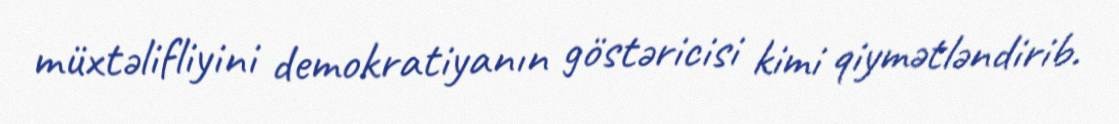
müxtəlifliyini demokratiyanın göstəricisi kimi qiymətləndirib.